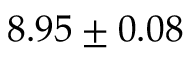
8 . 9 5 \pm 0 . 0 8